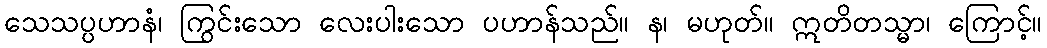
သေသပ္ပဟာနံ၊ ကြွင်းသော လေးပါးသော ပဟာန်သည်။ န၊ မဟုတ်။ ဣတိတသ္မာ၊ ကြောင့်။